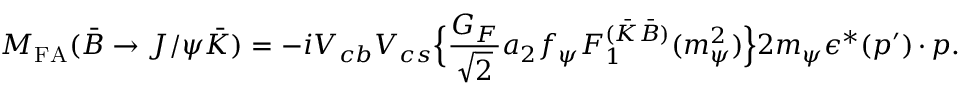
M _ { \mathrm { F A } } ( \bar { B } \rightarrow J / \psi \bar { K } ) = - i V _ { c b } V _ { c s } \Bigl \{ { \frac { G _ { F } } { \sqrt { 2 } } } a _ { 2 } f _ { \psi } F _ { 1 } ^ { ( \bar { K } \bar { B } ) } ( m _ { \psi } ^ { 2 } ) \Bigr \} 2 m _ { \psi } \epsilon ^ { * } ( p ^ { \prime } ) \cdot p .